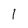
Character: I